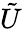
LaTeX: \tilde{U}